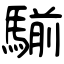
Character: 騚